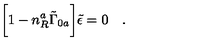
\biggl [ 1 - n _ { R } ^ { a } \tilde { \Gamma } _ { 0 a } \biggr ] \tilde { \epsilon } = 0 \quad .